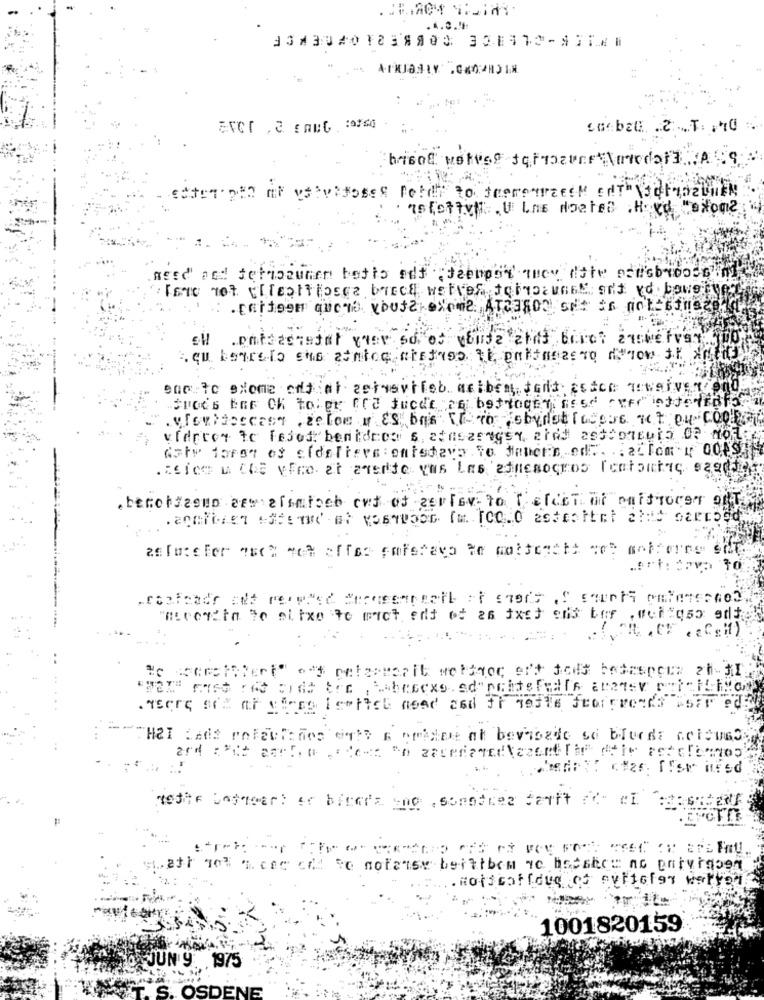
.4.3.4:
3333401838803 331972-977.
need and tetipounen batts edf "deempo'y acy dite peusb woods
Iamo not [[[caltipsca birch wolves toinocuoss ant vd. bower
.Exitoom queno youtz exame ATC3500 ort Is not Giner
ell .emtaacnetal yaer so of youte ahdd beret
Aqu bearsla chs atnice atsdios ti pakfaszero denow it xacas
enc to exome eddiat actasvilob agibem dont codice gewelven
Specs Bas OK toler ard fucde ag betragen Read ferd inttede
. Wouldaccess . zelen y ES bas Tto Webydet Todeve act. ey COOP
videre te Fabod bentdnes's etasaragen ated astronauta OF mot ..
date foron of cidefters : entsdays to demers ed .. .. action : 00PSA
.Rice M CAS yEro at everte vas Las eineseuros [entantac saada
.becchicoup eft alialoeb cuf of cerisy to [ elect of caffroce of
asTusefer auch met affas cafetera de motteacts se mafforce one
.TEcre sus ar carro bertieb need and it neste frarevends aber edge
Hal Lada enteclados watt a pagar at bevorde so blueds acieved.
neste Unsqeer: or bicada uno , somother Seatt af- ci
w.att not a cee call to notause beittbem ac bedstee ac entvragen
1001820159
JUN 9 1975
S. OSDENE